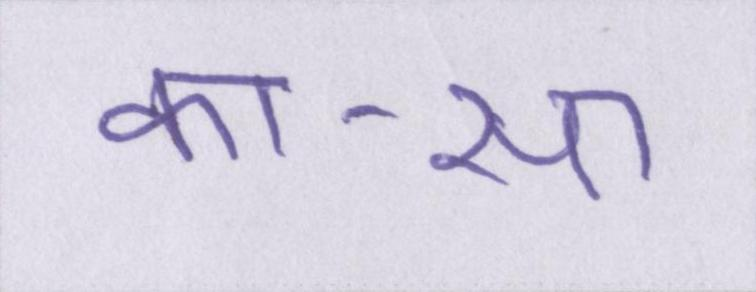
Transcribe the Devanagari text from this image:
का-सा